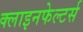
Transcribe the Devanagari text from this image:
क्लाइनफेल्टर्स